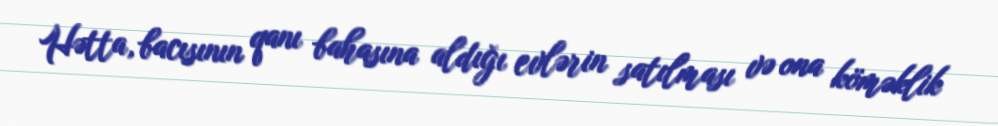
Hətta, bacısının qanı bahasına aldığı evlərin satılması və ona köməklik